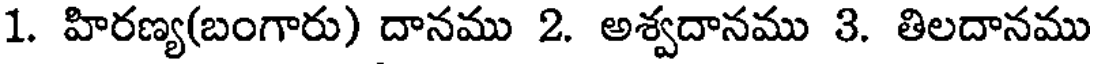
1. హిరణ్య(బంగారు) దానము 2. అశ్వదానము 3. తిలదానము